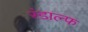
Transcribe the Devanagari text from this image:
रंडाल्फ